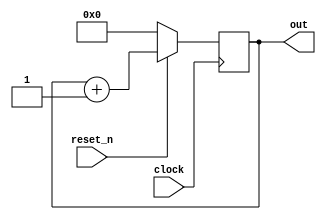
`timescale 1ns / 1ps

module COUNTER(
        input           clock     ,
        input           reset_n   ,
        output reg[31:0]out        
    );
    
    always @(posedge clock)
        begin
        if(reset_n)
            begin
            out <= out + 1;
            end
        else out <= 0;
        end
endmodule